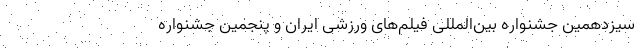
سیزدهمین جشنواره بین‌المللی فیلم‌های ورزشی ایران و پنجمین جشنواره